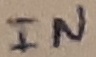
Text: IN